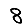
Digit: 8